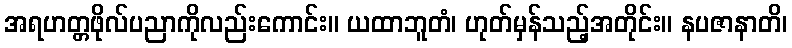
အရဟတ္တဖိုလ်ပညာကိုလည်းကောင်း။ ယထာဘူတံ၊ ဟုတ်မှန်သည့်အတိုင်း။ နပဇာနာတိ၊